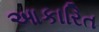
આકારિત